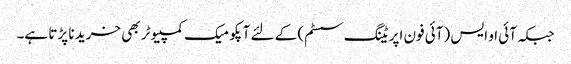
جبکہ آئی او ایس (آئی فون اپریٹنگ سسٹم) کے لئے آپکو میک کمپیوٹر بھی خرید نا پڑتا ہے۔